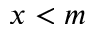
x < m